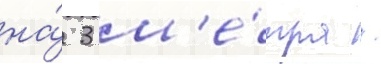
на́ 3 м'е́тра /